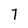
Character: 7